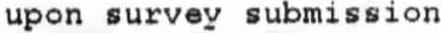
UPON SURVEY SUBMISSION